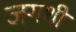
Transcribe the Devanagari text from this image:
जगथी